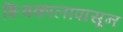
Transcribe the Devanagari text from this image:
शिवकालापासून